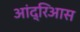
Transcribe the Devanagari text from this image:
आंद्रिआस